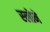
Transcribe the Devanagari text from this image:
स्‍लोने